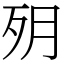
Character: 㱚